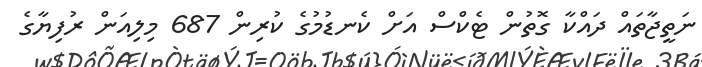
ނަތީޖާތައް ދައްކާ ގޮތުން ޓެކްސް އަށް ކެނޑުމުގެ ކުރިން 687 މިލިއަން ރުފިޔާގެ